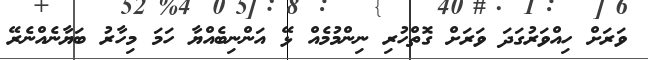
ވަރަށް ހިއްވަރުގަދަ ވަރަށް ގޮތްހުރި ނިންމުމެއް ޅޭ އަންނިބެއްޔާ ހަމަ މިހާރު ބަޔާނެއްނެރޭ